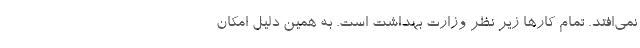
نمی‌افتد. تمام کار‌ها زیر نظر وزارت بهداشت است. به همین دلیل امکان